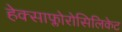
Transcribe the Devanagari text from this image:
हेक्साफ्लोरोसिलिकेट